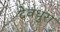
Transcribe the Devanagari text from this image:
देवधुरा